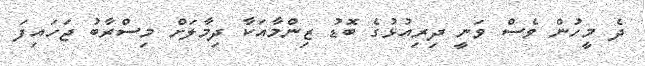
ދެ މީހުން ވެސް ވަނީ ދިރިއުޅުގެ ބޮޑު ޒިންމާއަކާ ދިމާލަށް މިސްރާބު ޖަހައިފަ